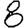
Digit: 8